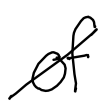
Text: of
Cross-out: diagonal
Writing tool: digital_black